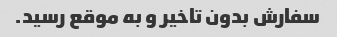
سفارش بدون تاخیر و به موقع رسید.